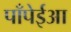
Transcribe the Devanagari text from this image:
पॉंपेईआ